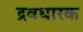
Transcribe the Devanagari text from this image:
द्रवधारक